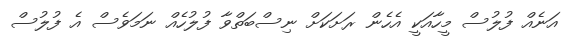
އަނެއް ފުލުސް މީހާއަކީ އެހެން ރަށަކަށް ނިސްބަތްވާ ފުލުހެއް ނަމަވެސް އެ ފުލުސް